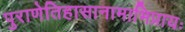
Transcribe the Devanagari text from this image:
पुराणेतिहासानामाभिप्रायः